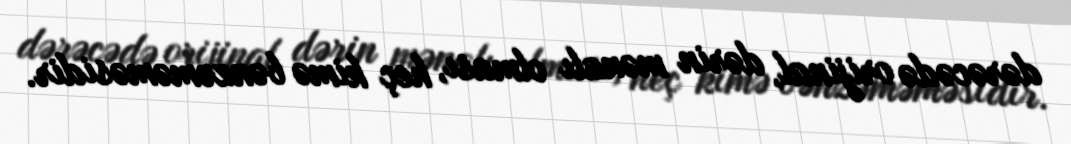
dərəcədə orijinal, dərin mənalı olması, heç kimə bənzəməməsidir.